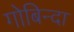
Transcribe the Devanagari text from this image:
गोबिन्दा